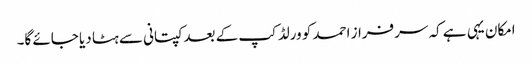
امکان یہی ہے کہ سرفراز احمد کو ورلڈکپ کے بعد کپتانی سے ہٹا دیا جائے گا۔